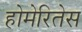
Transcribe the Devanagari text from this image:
होमेरितेस